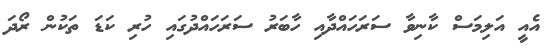
އެއީ އަލިމަސް ކާނިވާ ސަރަހައްދާއި ހާބަރު ސަރަހައްދުގައި ހުރި ކަޑަ ތަކުން ރޯދަ